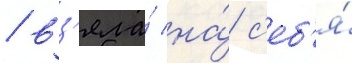
/ вз'яла́ на́ с'еб'я́